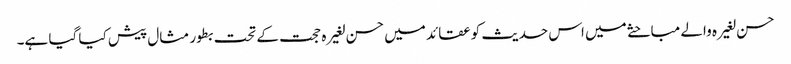
حسن لغیرہ والے مباحثے میں اس حدیث کو عقائد میں حسن لغیرہ حجت کے تحت بطور مثال پیش کیا گیا ہے۔